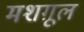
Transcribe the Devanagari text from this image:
मशग़ूल